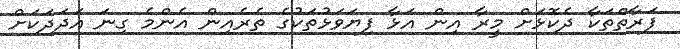
ފަރާތްތަކާ ދެކޮޅަށް މީރާ އިން އަޅާ ފިޔަވަޅުތަކުގެ ތެރެއިން އެންމެ ގިނަ އަދަދަކަށް